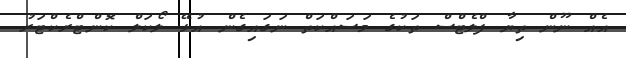
އެއް ނޫން ތިޔާ ފްލެޓްސް ތަކުގެ މަސައްކަތް ނަގައިގެން އުޅޭ ލޯކަލް ކޮންޓްރެކްޓަރު